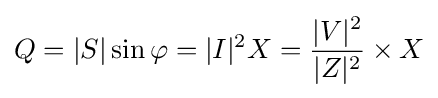
Q=|S|\sin {\varphi }=|I|^{2}X={\frac {|V|^{2}}{|Z|^{2}}}\times {X}